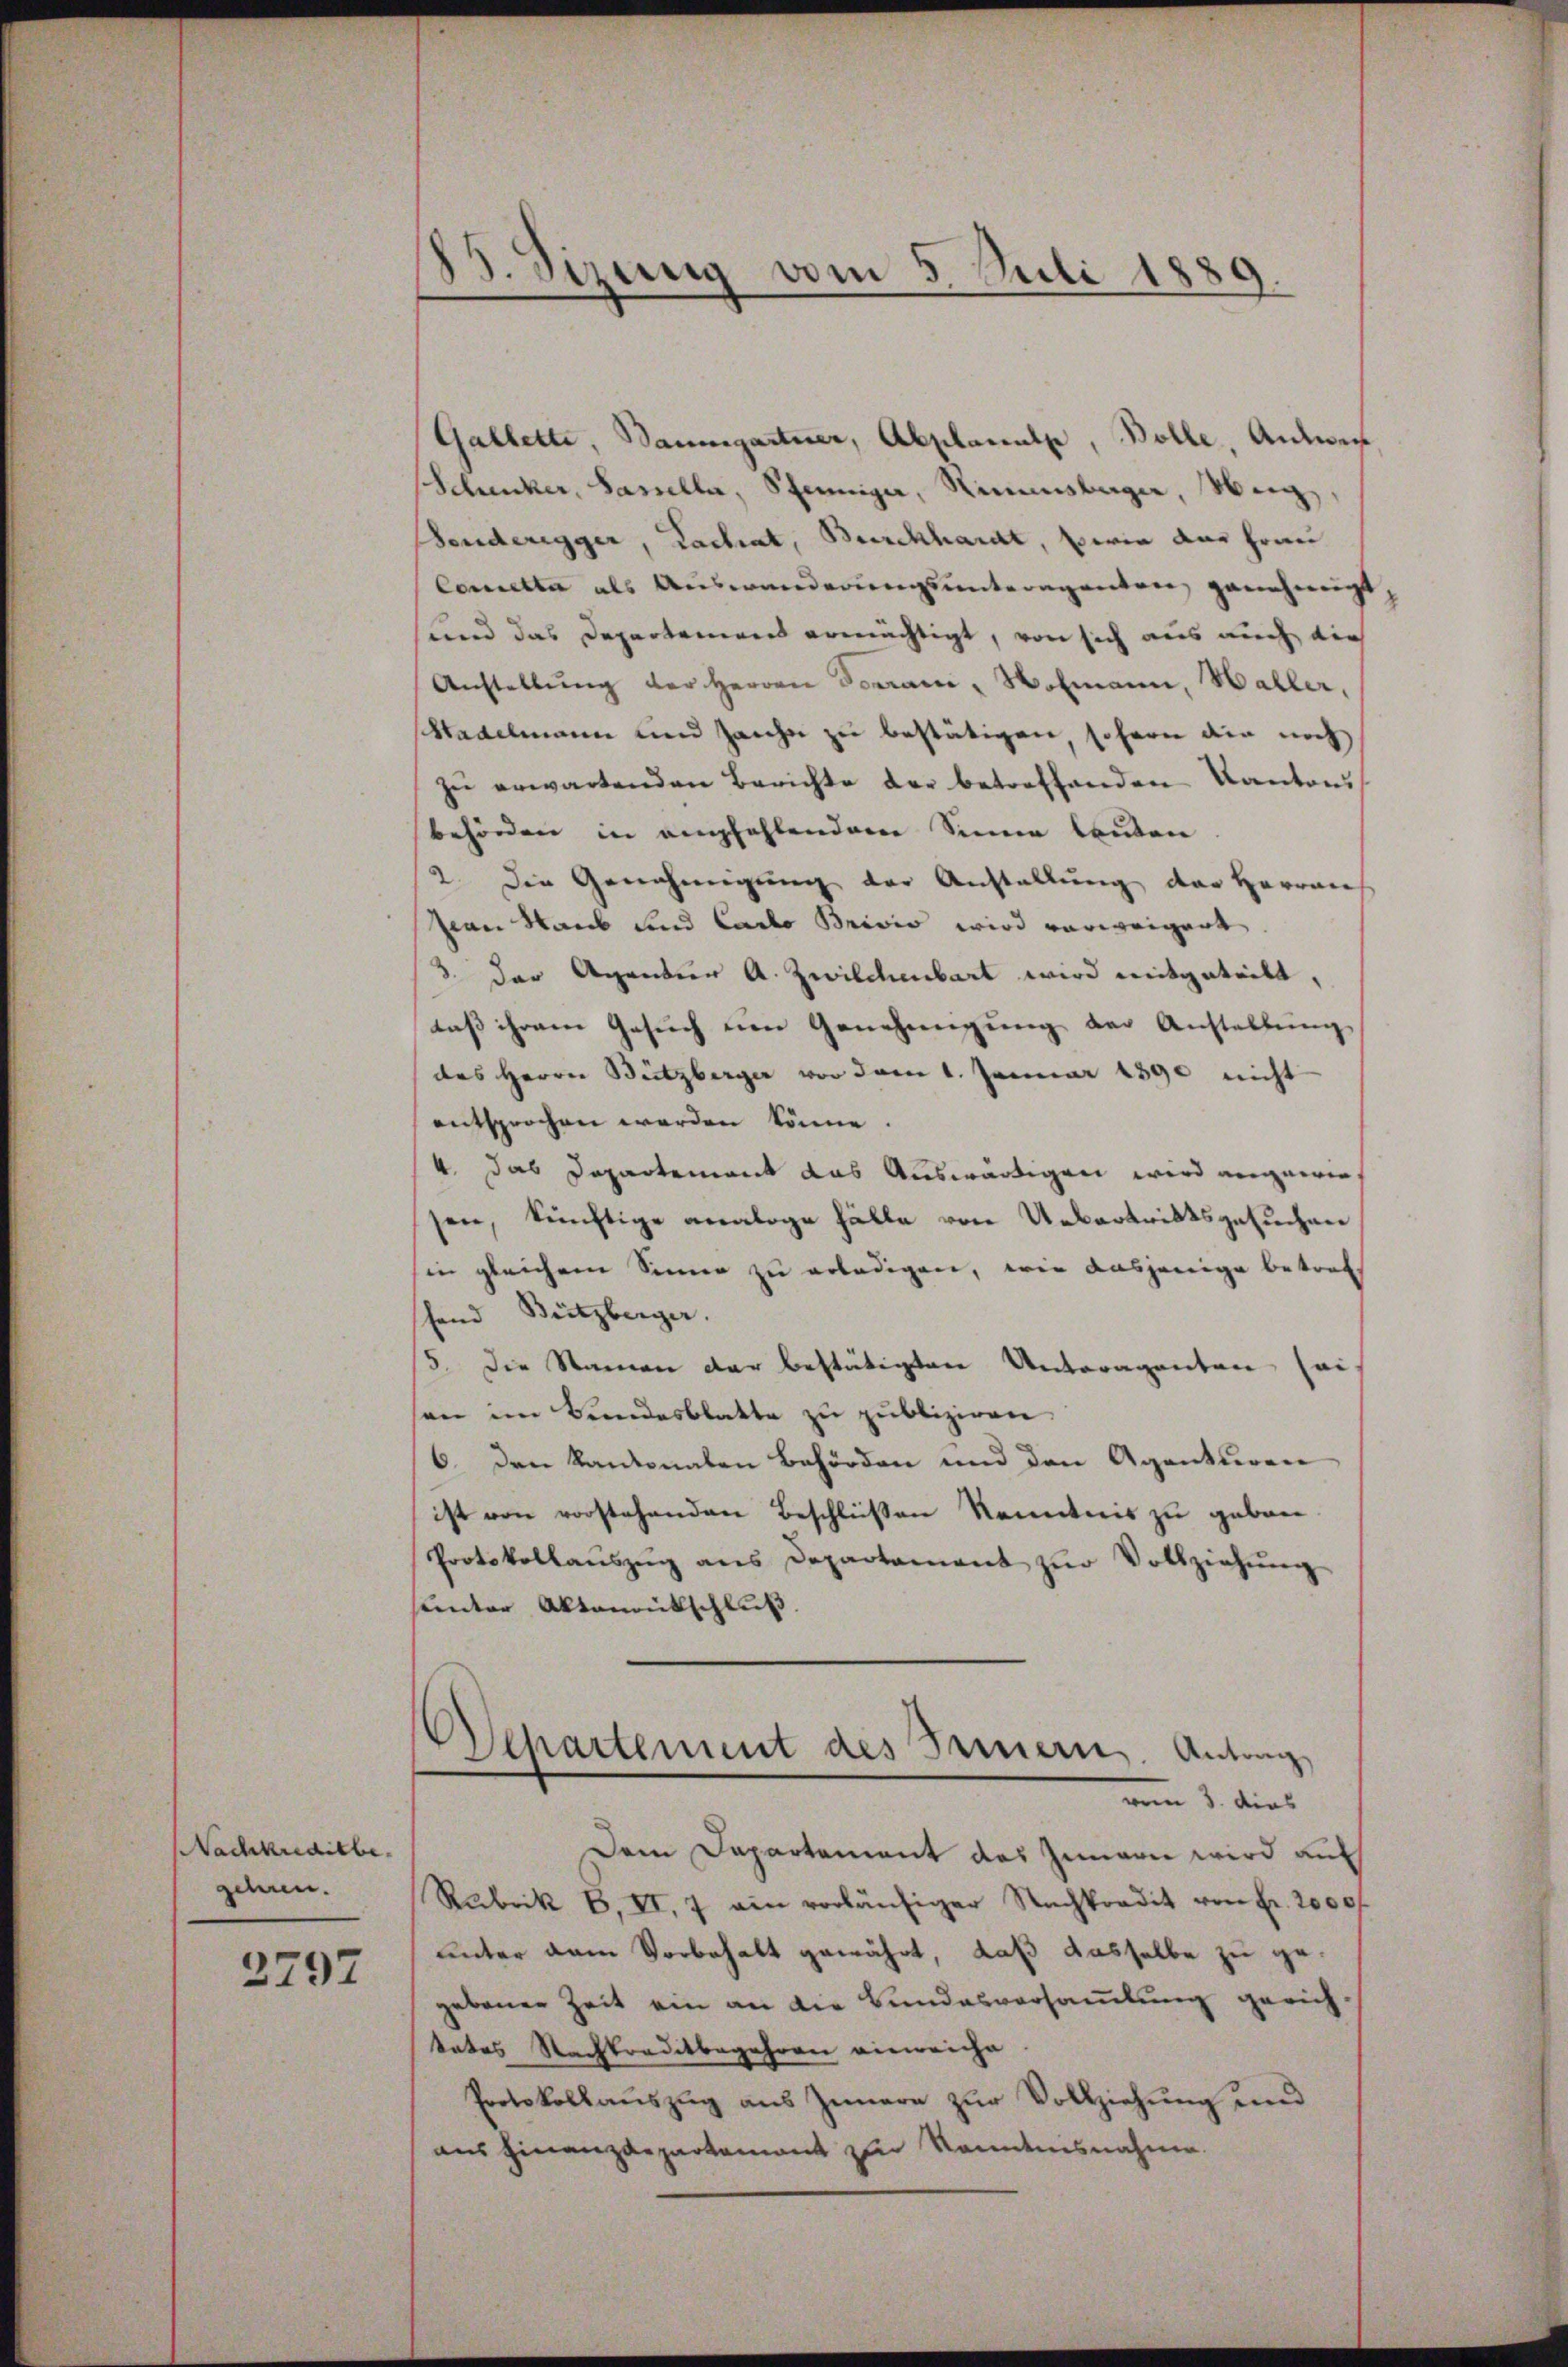
Nachkreditbe
schnen.

2797

85. Sizung vom 5. Juli 1889.

(Gallette, Baumgartner, Abplanulp, Bolle, Antwen
Schecker, Sasseller, Pfenniger, Rinnsberger, Weig
Sonderegger, Lachat, Burckhardt, berin der Frau
Comette als Auswanderungsunteragenten, genehmigt,
sund das Departemens ermächtigt, von sich aus auch die
Anstellŭng der Herren Tomane, Wohmann, Haller,
Stadelmann und Zanche zu bestätigen sofern die noch
zu erwartenden Berichte der betreffenden Kantons
behörden in empfehlendem Sinne lauten
2. Die Genehmigung der Anstellung der Herren
Jean Raub sind Carlo Brivis wird verweigert.
3 der Agentier A. Zwilchenbart wird mitgeteilt,
daβ ihrem Gesŭch um Genehmigŭng der Anstellŭng
des Herrn Beitzberger vor dem 1. Januar 1890 nicht
entsprochen werden könne.
4. Das Departement das Auswärtigen wird angewiesen, künftige analoge Fälle von Uebertrittsgesuchen
in gleichem Sinne zu erledigen, wie dasjenige betreff
shand Bützberger.
5. Die Namen der bestätigten Unteragenten sei
ane im Bundesblatte zu publiziren.
6. Den Kantonalen Behörden und den Agenturen
ist von vorstehenden Beschlüßen Kenntnis zu geben
Protokollaŭszŭg ans Departement zŭr Vollziehŭng
unter Aktenrütschluß.
Departement des Brinern. Antrag
e
vom 12. dies
Dem Departement das Innern wird auf
Rabrik B. II, 7 ein vorläŭfiger Nachkradit von Fr. 2000f
unter dem Vorbehalt gewährt, daß dasselbe zu gegebauer Zeit ein an die Bundesversammlung gerichtates Nachtraditbegehren einreiche
Protokollauszug aus Innern zur Vollziehung und
aus Finanzdepartement zur Kenntnisnahme.